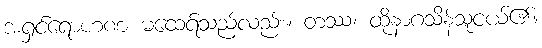
အရှင်ရောဟဏ မထေရ်သည်လည်း။ တဿ၊ ထိုနာဂသိန်သူငယ်၏။